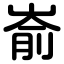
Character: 嵛